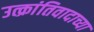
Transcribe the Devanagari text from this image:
उत्क्रांतिवादाच्या